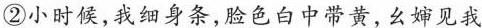
②小时候,我细身条,脸色白中带黄,幺婶见我